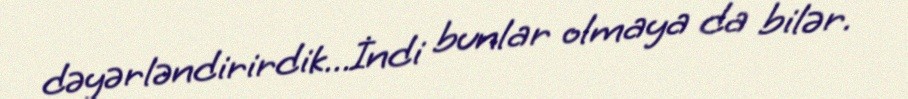
dəyərləndirirdik...İndi bunlar olmaya da bilər.